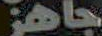
جاهز